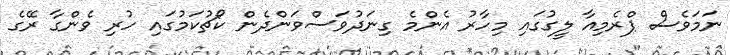
ނަމަވެސް ޕްރެމިއާ ލީގުގައި މިހާރު އެންމެ ގިނަދުވަސްވަންދެން ކޯޗުކަމުގައި ހުރި ވެންގާ ރޭގެ